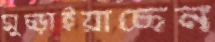
মুচ্‌ড়াইয়াছেন